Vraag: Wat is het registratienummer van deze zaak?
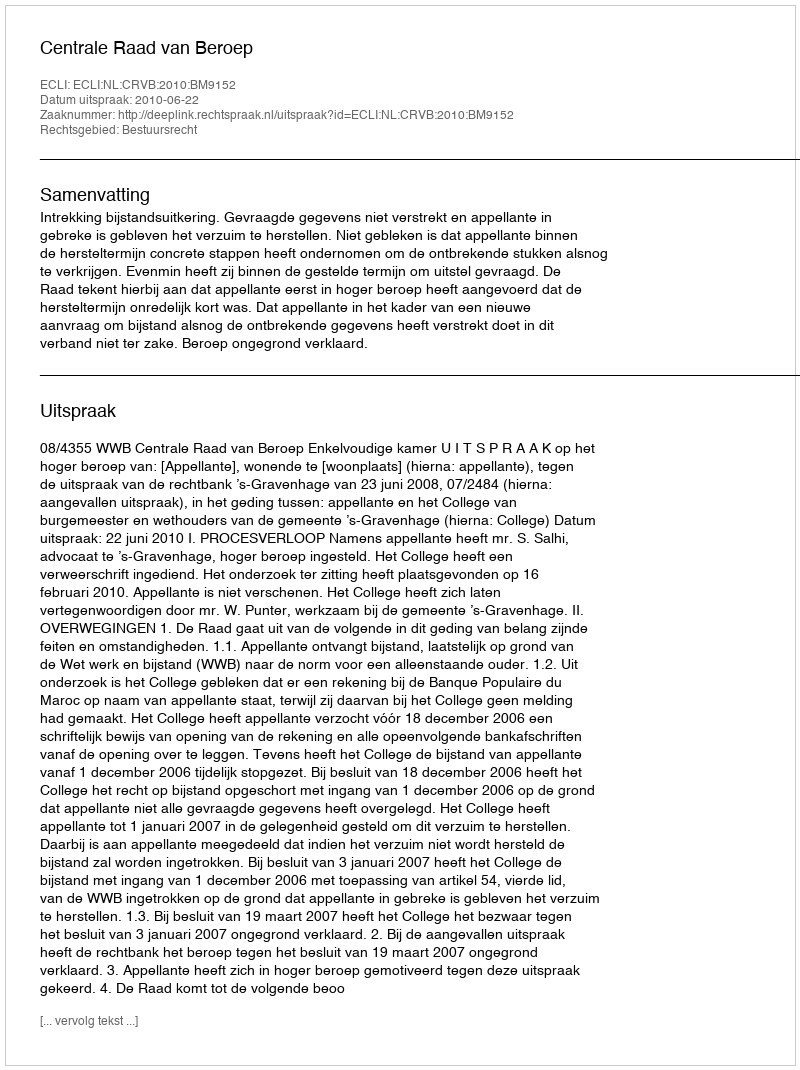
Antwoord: http://deeplink.rechtspraak.nl/uitspraak?id=ECLI:NL:CRVB:2010:BM9152